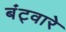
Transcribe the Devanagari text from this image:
बंट्वारे